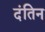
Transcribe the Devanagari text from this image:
दंतिन